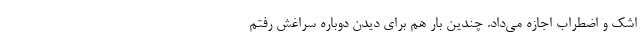
اشک و اضطراب اجازه می‌داد. چندین بار هم برای دیدن دوباره سراغش رفتم